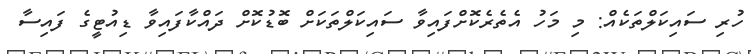
ހުރި ސައިކަލްތަކެއް: މި މަހު އެތެރެކޮށްފައިވާ ސައިކަލްތަކަށް ބޮޑުކޮށް ދައްކާފައިވާ ޑިއުޓީގެ ފައިސާ